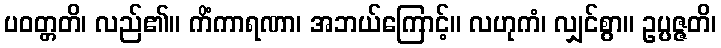
ပဝတ္တတိ၊ လည်၏။ ကိံကာရဏာ၊ အဘယ်ကြောင့်။ လဟုကံ၊ လျှင်စွာ။ ဥပ္ပဇ္ဇတိ၊